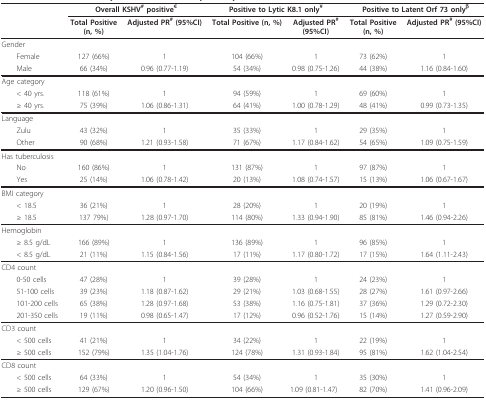
<table><thead><tr><td></td><td colspan="2"><b>Overall KSHV<sup># </sup>positive<sup>€</sup></b></td><td colspan="2"><b>Positive to Lytic K8.1 only<sup>¥</sup></b></td><td colspan="2"><b>Positive to Latent Orf 73 only<sup>β</sup></b></td></tr><tr><td></td><td><b>Total Positive(n, %)</b></td><td><b>Adjusted PR<sup># </sup>(95%CI)</b></td><td><b>Total Positive (n, %)</b></td><td><b>Adjusted PR<sup>#</sup>(95%CI)</b></td><td><b>Total Positive(n, %)</b></td><td><b>Adjusted PR<sup># </sup>(95%CI)</b></td></tr></thead><tbody><tr><td>Gender</td><td></td><td></td><td></td><td></td><td></td><td></td></tr><tr><td> Female</td><td>127 (66%)</td><td>1</td><td>104 (66%)</td><td>1</td><td>73 (62%)</td><td>1</td></tr><tr><td> Male</td><td>66 (34%)</td><td>0.96 (0.77-1.19)</td><td>54 (34%)</td><td>0.98 (0.75-1.26)</td><td>44 (38%)</td><td>1.16 (0.84-1.60)</td></tr><tr><td>Age category</td><td></td><td></td><td></td><td></td><td></td><td></td></tr><tr><td> &lt; 40 yrs.</td><td>118 (61%)</td><td>1</td><td>94 (59%)</td><td>1</td><td>69 (60%)</td><td>1</td></tr><tr><td> ≥ 40 yrs.</td><td>75 (39%)</td><td>1.06 (0.86-1.31)</td><td>64 (41%)</td><td>1.00 (0.78-1.29)</td><td>48 (41%)</td><td>0.99 (0.73-1.35)</td></tr><tr><td>Language</td><td></td><td></td><td></td><td></td><td></td><td></td></tr><tr><td> Zulu</td><td>43 (32%)</td><td>1</td><td>35 (33%)</td><td>1</td><td>29 (35%)</td><td>1</td></tr><tr><td> Other</td><td>90 (68%)</td><td>1.21 (0.93-1.58)</td><td>71 (67%)</td><td>1.17 (0.84-1.62)</td><td>54 (65%)</td><td>1.09 (0.75-1.59)</td></tr><tr><td>Has tuberculosis</td><td></td><td></td><td></td><td></td><td></td><td></td></tr><tr><td> No</td><td>160 (86%)</td><td>1</td><td>131 (87%)</td><td>1</td><td>97 (87%)</td><td>1</td></tr><tr><td> Yes</td><td>25 (14%)</td><td>1.06 (0.78-1.42)</td><td>20 (13%)</td><td>1.08 (0.74-1.57)</td><td>15 (13%)</td><td>1.06 (0.67-1.67)</td></tr><tr><td>BMI category</td><td></td><td></td><td></td><td></td><td></td><td></td></tr><tr><td> &lt; 18.5</td><td>36 (21%)</td><td>1</td><td>28 (20%)</td><td>1</td><td>20 (19%)</td><td>1</td></tr><tr><td> ≥ 18.5</td><td>137 79%)</td><td>1.28 (0.97-1.70)</td><td>114 (80%)</td><td>1.33 (0.94-1.90)</td><td>85 (81%)</td><td>1.46 (0.94-2.26)</td></tr><tr><td>Hemoglobin</td><td></td><td></td><td></td><td></td><td></td><td></td></tr><tr><td> ≥ 8.5 g/dL</td><td>166 (89%)</td><td>1</td><td>136 (89%)</td><td>1</td><td>96 (85%)</td><td>1</td></tr><tr><td> &lt; 8.5 g/dL</td><td>21 (11%)</td><td>1.15 (0.84-1.56)</td><td>17 (11%)</td><td>1.17 (0.80-1.72)</td><td>17 (15%)</td><td>1.64 (1.11-2.43)</td></tr><tr><td>CD4 count</td><td></td><td></td><td></td><td></td><td></td><td></td></tr><tr><td> 0-50 cells</td><td>47 (28%)</td><td>1</td><td>39 (28%)</td><td>1</td><td>24 (23%)</td><td>1</td></tr><tr><td> 51-100 cells</td><td>39 (23%)</td><td>1.18 (0.87-1.62)</td><td>29 (21%)</td><td>1.03 (0.68-1.55)</td><td>28 (27%)</td><td>1.61 (0.97-2.66)</td></tr><tr><td> 101-200 cells</td><td>65 (38%)</td><td>1.28 (0.97-1.68)</td><td>53 (38%)</td><td>1.16 (0.75-1.81)</td><td>37 (36%)</td><td>1.29 (0.72-2.30)</td></tr><tr><td> 201-350 cells</td><td>19 (11%)</td><td>0.98 (0.65-1.47)</td><td>17 (12%)</td><td>0.96 (0.52-1.76)</td><td>15 (14%)</td><td>1.27 (0.59-2.90)</td></tr><tr><td>CD3 count</td><td></td><td></td><td></td><td></td><td></td><td></td></tr><tr><td> &lt; 500 cells</td><td>41 (21%)</td><td>1</td><td>34 (22%)</td><td>1</td><td>22 (19%)</td><td>1</td></tr><tr><td> ≥ 500 cells</td><td>152 (79%)</td><td>1.35 (1.04-1.76)</td><td>124 (78%)</td><td>1.31 (0.93-1.84)</td><td>95 (81%)</td><td>1.62 (1.04-2.54)</td></tr><tr><td>CD8 count</td><td></td><td></td><td></td><td></td><td></td><td></td></tr><tr><td> &lt; 500 cells</td><td>64 (33%)</td><td>1</td><td>54 (34%)</td><td>1</td><td>35 (30%)</td><td>1</td></tr><tr><td> ≥ 500 cells</td><td>129 (67%)</td><td>1.20 (0.96-1.50)</td><td>104 (66%)</td><td>1.09 (0.81-1.47)</td><td>82 (70%)</td><td>1.41 (0.96-2.09)</td></tr></tbody></table>